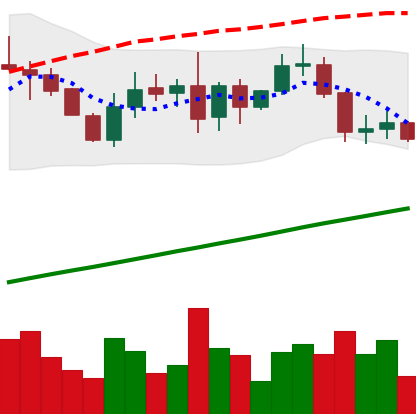
Ticker: LINK-USD
Chart end date: 2019-08-24
Forward return: -18.385%
Label: down_7plus